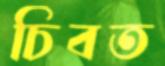
চিবত